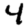
Digit: 4